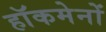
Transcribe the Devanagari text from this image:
हाॅकमेनों